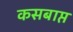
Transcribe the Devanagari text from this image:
कसबाप्त